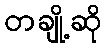
တချို့ဆို